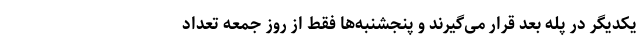
یکدیگر در پله بعد قرار می‌گیرند و پنجشنبه‌ها فقط از روز جمعه تعداد